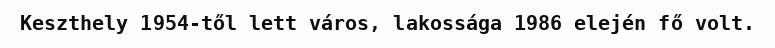
Keszthely 1954-től lett város, lakossága 1986 elején fő volt.